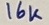
Text: 16K